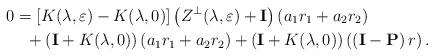
LaTeX: \begin{align*}0 & =[K(\lambda,\varepsilon)-K(\lambda,0)]\left( Z^{\perp}(\lambda,\varepsilon)+\mathbf{I}\right) \left( a_{1}r_{1}+a_{2}r_{2}\right)\\& \ \ +\left( \mathbf{I}+K(\lambda,0)\right) \left( a_{1}r_{1}+a_{2}r_{2}\right) +\left( \mathbf{I}+K(\lambda,0)\right) \left( \left(\mathbf{I}-\mathbf{P}\right) r\right) .\end{align*}